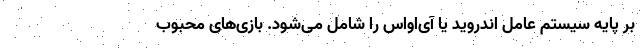
بر پایه سیستم عامل اندروید یا آی‌اواس را شامل می‌شود. بازی‌های محبوب